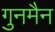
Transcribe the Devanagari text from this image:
गुनमैन